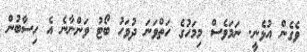
ވެގެން އުޅެނީ. ނަމަވެސް މިމަހުގެ ހަތްވަނަ ދުވަހު ބޯޓު ވަންނާނެ އެ ހިސާބުން